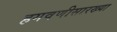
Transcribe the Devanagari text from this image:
हगवणीसारख्या